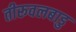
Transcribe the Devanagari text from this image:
तीरूवलबाडु